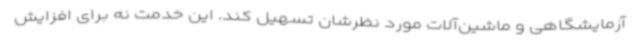
آزمایشگاهی و ماشین‌آلات مورد نظرشان تسهیل کند. این خدمت نه برای افزایش